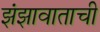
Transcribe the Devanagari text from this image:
झंझावाताची